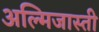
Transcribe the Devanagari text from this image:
अल्मिजास्ती